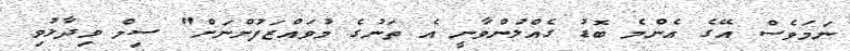
ނަމަވެސް އޭގެ އެންމެ ބޮޑު ގެއްލުންވާނީ އެ ތަނުގެ މުވައްޒަފުންނަށް" ސިމް ވިދާޅުވި